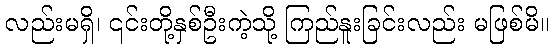
လည်းမရှိ၊ ၎င်းတို့နှစ်ဦးကဲ့သို့ ကြည်နူးခြင်းလည်း မဖြစ်မိ။